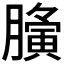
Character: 𮍀